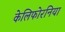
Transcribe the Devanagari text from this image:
केलिफोरनिया